Civil Veterinary Department. United Provinces 1912-22 - 1912-1922
Year: 1912
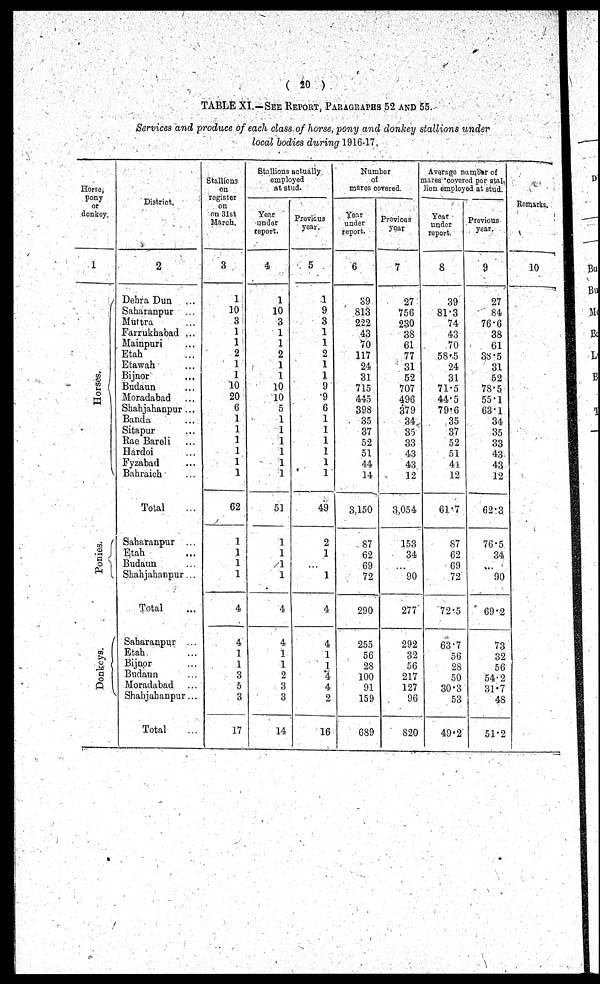
( 20 )
TABLE XI.—SEE REPORT, PARAGRAPHS 52 AND 55.
Services and produce of each class of horse, pony and donkey stallions under
local bodies during 1916-17,
Horse,
pony
or
donkey.
1
Hor s es .
Ponies.
Donkeys.
District.
2
Dehra Dun ...
Saharanpur ...
Muttra ...
Farrukhabad ...
Mainpuri ...
Etah ...
Etawah ...
Bijnor ...
Budaun ...
Moradabad ...
Shahjahanpur ...
Banda ...
Sitapur ...
Rae Bareli ...
Hardoi ...
Fyzabad ...
Bahraich ...
Total ....
Saharanpur ...
Etah ...
Budaun ...
Shahjahanpur...
Total
Saharanpur ...
Etah ...
Bijnor ...
Budaun ...
Moradabad ...
Shahjahanpur...
Total ...
Stallions
on
register
on
on 31st
March.
3
1
10
3
1
1
2
1
1
10
20
6
1
1
1
1
1
1
62
1
1
1
1
4
4
1
1
3
5
3
17
Stallions actually
employed
at stud.
Year
under
report.
4
1
10
3
1
1
2
1
1
10
10
5
1
1
1
1
1
1
51
1
1
1
1
4
4
1
1
2
3
3
14
Provious
year.
5
1
9
3
1
1
2
1
1
9
9
6
1
1
1
1
1
1
49
2
1
...
1
4
4
1
1
4
4
2
16
Number
of
mares covered.
Year
under
report.
6
39
813
222
43
70
117
24
31
715
445
398
35
37
52
51
44
14
3,150
87
62
69
72
290
255
56
28
100
91
159
689
Previous
Year
7
27
756
230
38
61
77
31
52
707
496
379
34
35
33
43
43
12
3,054
153
34
...
90
277
292
32
56
217
127
96
820
Average number of
mares covered per stal-
lion employed at stud
Year
under
report.
8
39
81.3
74
43
70
58.5
24
31
71.5
44.5
79.6
35
37
52
51
4i
12
61.7
S7
62
69
72
72.5
63.7
56
28
50
30.3
53
49.2
Previous
year.
9
27
84
76.6
38
61
33.5
31
52
78.5
55.1
63.1
34
35
33
43
43
12
62.3
76.5
34
...
90
69.2
73
32
56
54.2
31.7
48
51.2
Remarks.
10